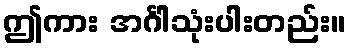
ဤကား အင်္ဂါသုံးပါးတည်း။